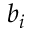
b _ { i }